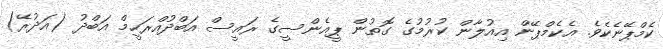
ކެމްޕޭނެކެވެ. އެކެމްޕޭން އިއުލާން ކުރުމުގެ ގޮތުން ޕީއެންސީގެ ރައީސް އަބްދުއްރަހީމް އަބްދު (އަދުރޭ)